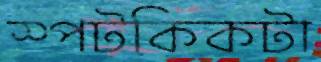
স্পটকিকটা